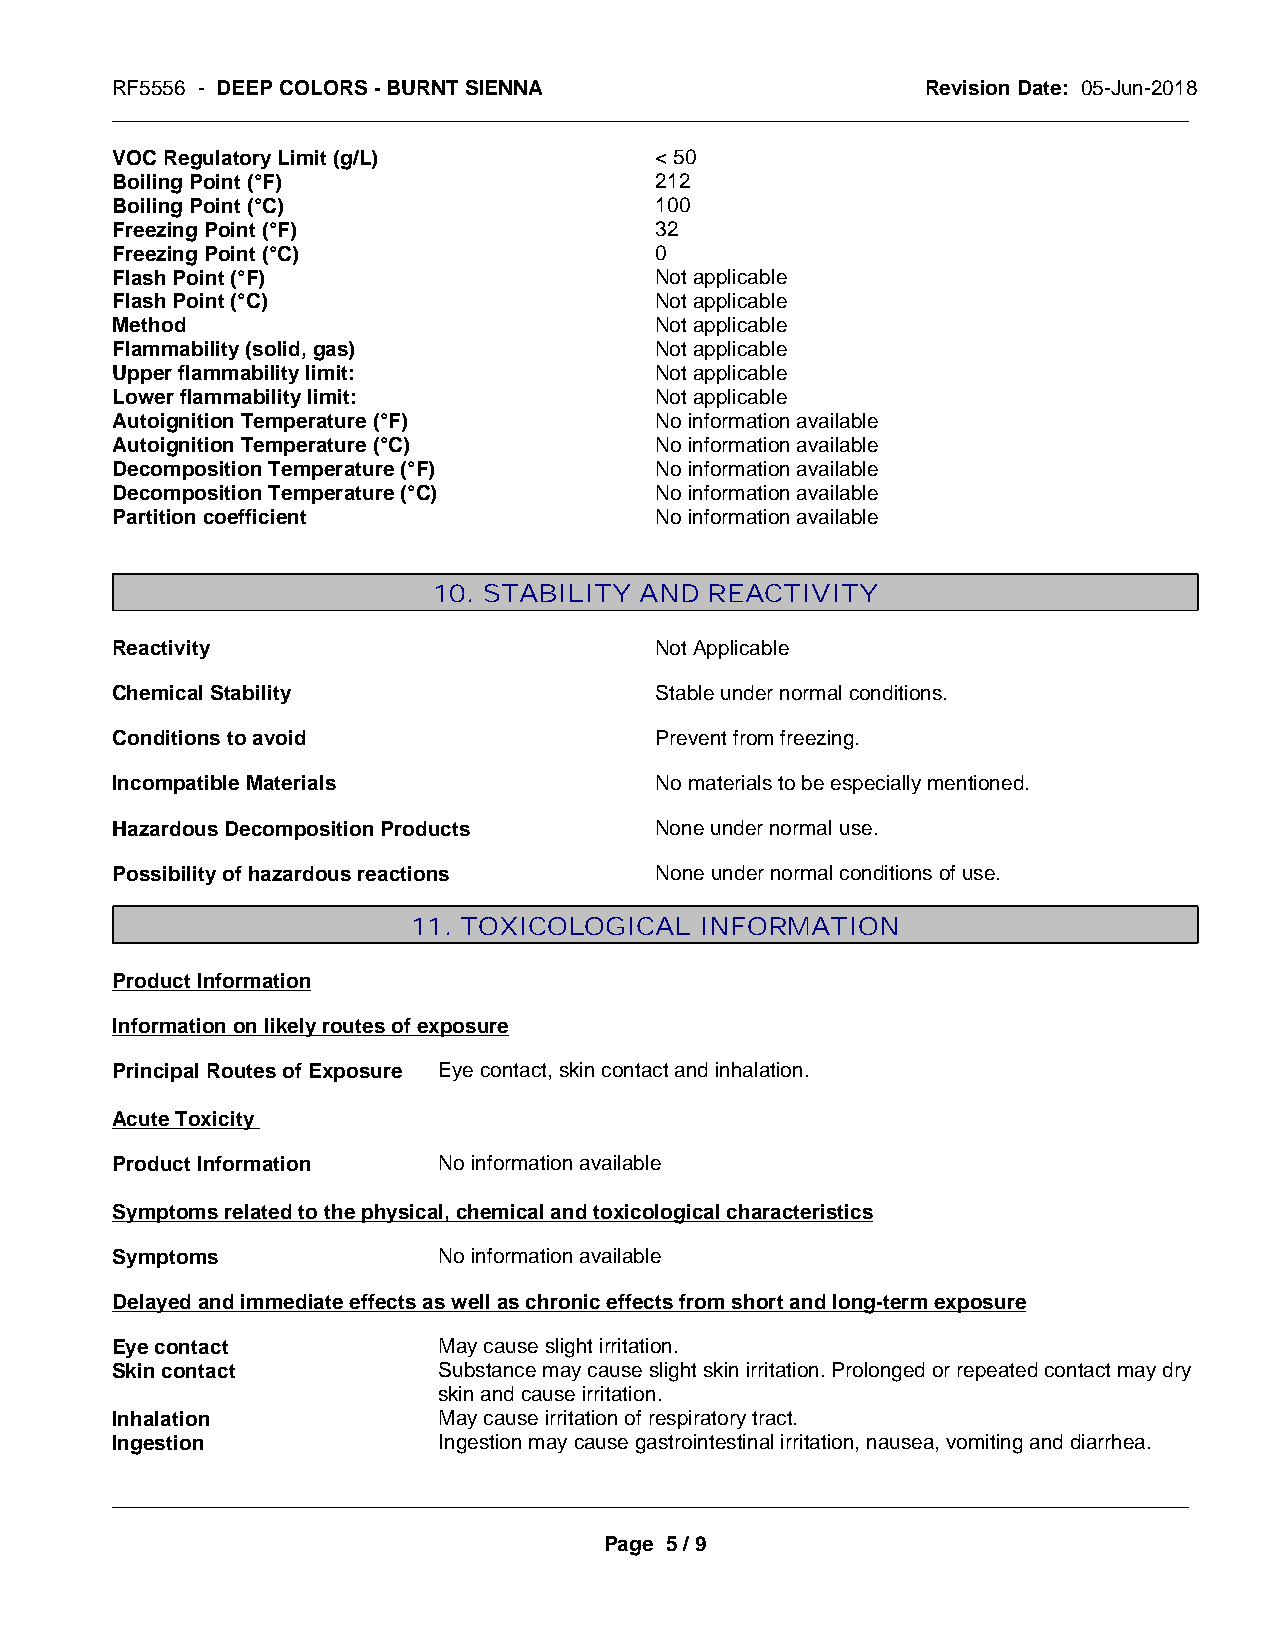
RF5556 - DEEP COLORS - BURNT SIENNA                   Revision Date: 05-Jun-2018
 _____________________________________________________________________________________________
 VOC Regulatory Limit (g/L)          < 50
 Boiling Point (°F)                  212
 Boiling Point (°C)                  100
 Freezing Point (°F)                 32
 Freezing Point (°C)                 0
 Flash Point (°F)                    Not applicable
 Flash Point (°C)                    Not applicable
 Method                              Not applicable
 Flammability (solid, gas)           Not applicable
 Upper flammability limit:           Not applicable
 Lower flammability limit:           Not applicable
 Autoignition Temperature (°F)       No information available
 Autoignition Temperature (°C)       No information available
 Decomposition Temperature (°F)      No information available
 Decomposition Temperature (°C)      No information available
 Partition coefficient               No information available
 10. STABILITY AND REACTIVITY
 Reactivity                          Not Applicable
 Chemical Stability                  Stable under normal conditions.
 Conditions to avoid                 Prevent from freezing.
 Incompatible Materials              No materials to be especially mentioned.
 Hazardous Decomposition Products    None under normal use.
 Possibility of hazardous reactions  None under normal conditions of use.
 11. TOXICOLOGICAL  INFORMATION
 Product Information
 Information on likely routes of exposure
 Principal Routes of Exposure Eye contact, skin contact and inhalation.
 Acute Toxicity
 Product Information   No information available
 Symptoms related to the physical, chemical and toxicological characteristics
 Symptoms              No information available
 Delayed and immediate effects as well as chronic effects from short and long-term exposure
 Eye contact           May cause slight irritation.
 Skin contact          Substance may cause slight skin irritation. Prolonged or repeated contact may dry
 skin and cause irritation.
 Inhalation            May cause irritation of respiratory tract.
 Ingestion             Ingestion may cause gastrointestinal irritation, nausea, vomiting and diarrhea.
 _____________________________________________________________________________________________
 Page 5 / 9